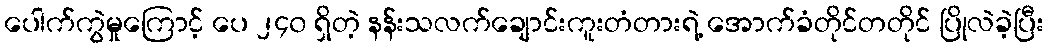
ပေါက်ကွဲမှုကြောင့် ပေ ၂၄၀ ရှိတဲ့ နန်းသလက်ချောင်းကူးတံတားရဲ့ အောက်ခံတိုင်တတိုင် ပြိုလဲခဲ့ပြီး